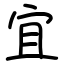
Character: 宜